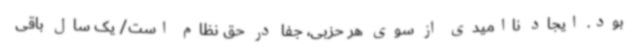
بود. ایجاد ناامیدی از سوی هر حزبی، جفا در حق نظام است/ یک سال باقی